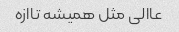
عاالی مثل همیشه تاازه